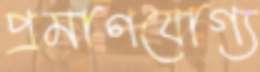
প্রমাণযোগ্য